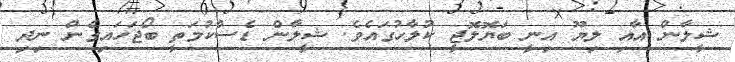
ޝީލާން އާއި ލިޔޫ އިނީ ބަޔޮލޮޖީ ކުލާހުގައެވެ. ޝީލާން ޑެސްކުމަތީ ބޯޖަހައިގެން ނިދި